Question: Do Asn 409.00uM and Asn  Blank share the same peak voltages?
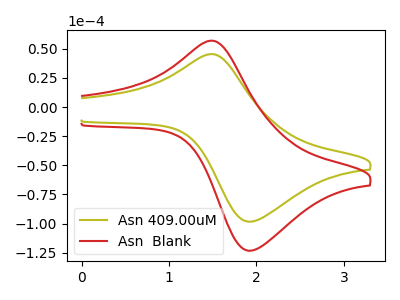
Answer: <think>The olive curve "Asn 409.00uM" has an anodic peak at (1.45V, 45.40uA) and a cathodic peak at (1.95V, -98.30uA). The red curve "Asn  Blank" has an anodic peak at (1.45V, 56.90uA) and a cathodic peak at (1.95V, -123.20uA).</think>
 <answer>Yes, "Asn 409.00uM" have a peak in "Asn  Blank" at the same potential.</answer>
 <eval>match</eval>